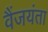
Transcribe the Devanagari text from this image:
वैंजयंता